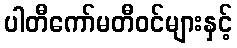
ပါတီကော်မတီဝင်များနှင့်